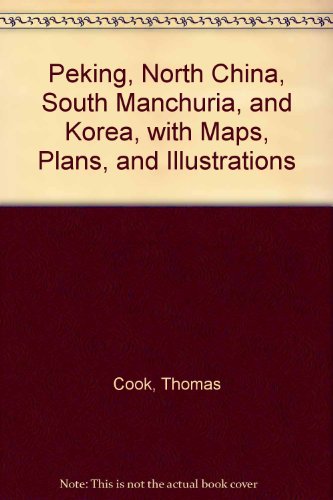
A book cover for Peking, North China, South Manchuria, and Korea, with Maps, Plans, and Illustrations; Thomas Cook; Travel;